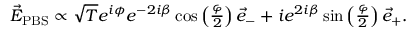
\begin{array} { r } { \vec { E } _ { \mathrm { P B S } } \propto \sqrt { T } e ^ { i \phi } e ^ { - 2 i \beta } \cos \left( \frac { \varphi } { 2 } \right) \vec { e } _ { - } + i e ^ { 2 i \beta } \sin \left( \frac { \varphi } { 2 } \right) \vec { e } _ { + } . } \end{array}